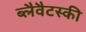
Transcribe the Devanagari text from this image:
ब्लैवैटस्की